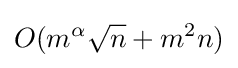
O(m^{\alpha }{\sqrt {n}}+m^{2}n)